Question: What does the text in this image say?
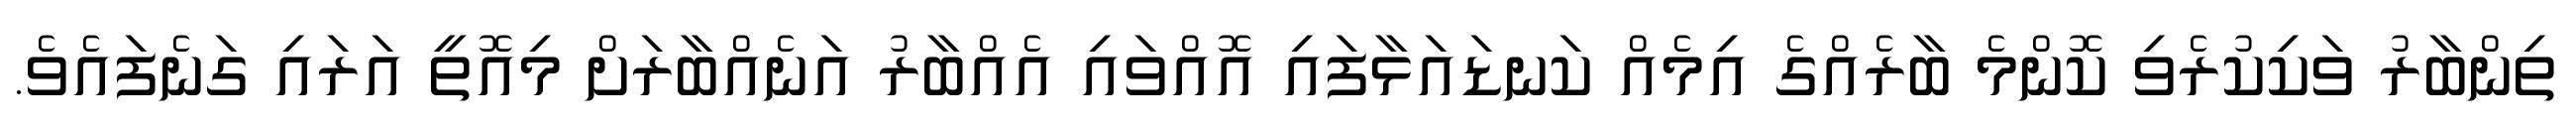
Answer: ތިންބާރު ވަކިކުރެވި ކޮންމެ ބާރެއްގެ އިމެއް ކަނޑައަޅާފައި އޮއްވައި އެއްބާރު އަނެއްބާރަށް މިއޮތީ އަރައި ގަނެފައެވެ.